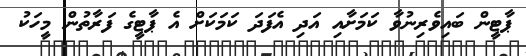
ޕާޓީން ބައިވެރިނުވާ ކަމަށާއި އަދި އެފަދަ ކަމަކަށް އެ ޕާޓީގެ ފަރާތުން މީހަކު